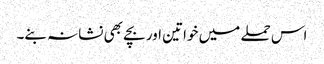
اس حملے میں خواتین اور بچے بھی نشانہ بنے۔